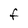
Character: F